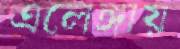
এলেঙ্গায়